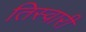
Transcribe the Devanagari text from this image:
तिस्वारी